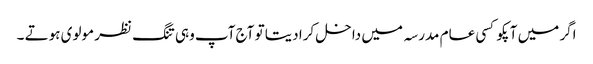
اگر میں آپکو کسی عام مدرسہ میں داخل کرا دیتا تو آج آپ وہی تنگ نظر مولوی ہوتے ۔